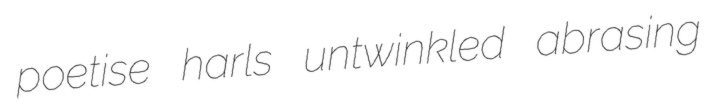
poetise harls untwinkled abrasing